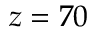
z = 7 0